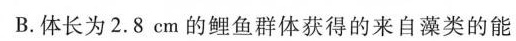
B.体长为2.8cm的鲤鱼群体获得的来自藻类的能